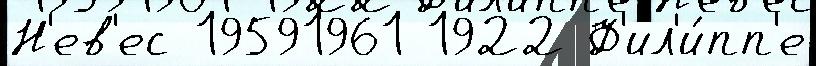
Н'ев'ес 19591961 1922 Ф'ил'и́пп'е